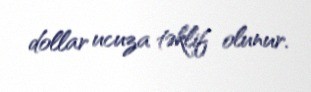
dollar ucuza təklif olunur.